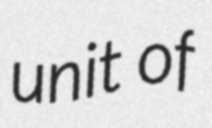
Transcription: unit of